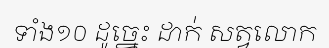
ទាំង១០ ដូច្នេះ ដាក់ សត្វលោក